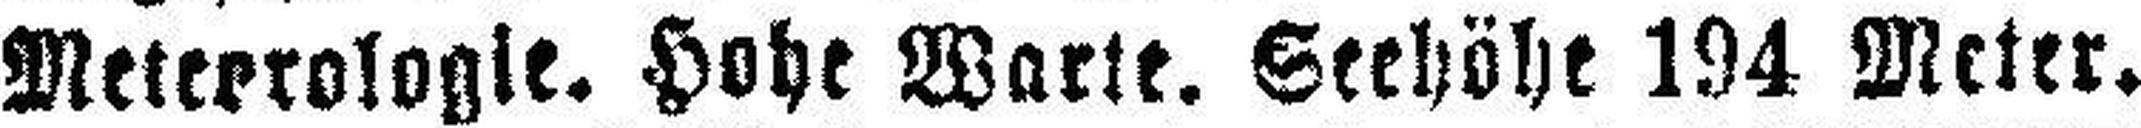
Meteorologie. Hohe Warte. Seehöhe 194 Meter.